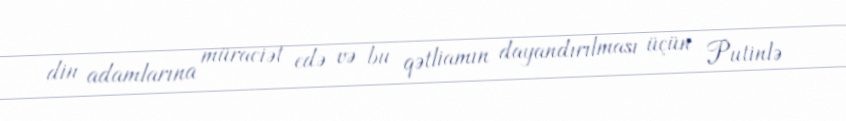
din adamlarına müraciət edə və bu qətliamın dayandırılması üçün Putinlə